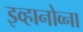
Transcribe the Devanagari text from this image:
इव्हानोव्ना